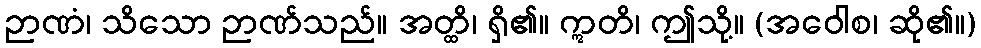
ဉာဏံ၊ သိသော ဉာဏ်သည်။ အတ္ထိ၊ ရှိ၏။ ဣတိ၊ ဤသို့။ (အဝေါစ၊ ဆို၏။)